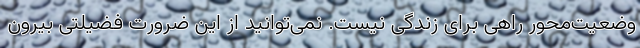
وضعیت‌محور راهی برای زندگی نیست. نمی‌توانید از این ضرورت فضیلتی بیرون